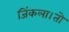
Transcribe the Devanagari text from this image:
जिंकला।तो